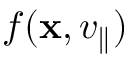
f ( \mathbf { x } , v _ { \parallel } )